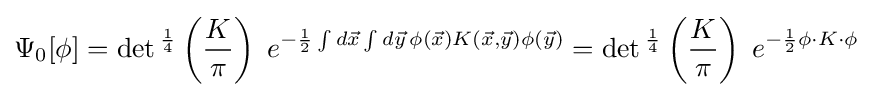
\Psi _{0}[\phi ]=\det {}^{\frac {1}{4}}\left({\frac {K}{\pi }}\right)\;e^{-{\frac {1}{2}}\int d{\vec {x}}\int d{\vec {y}}\,\phi ({\vec {x}})K({\vec {x}},{\vec {y}})\phi ({\vec {y}})}=\det {}^{\frac {1}{4}}\left({\frac {K}{\pi }}\right)\;e^{-{\frac {1}{2}}\phi \cdot K\cdot \phi }